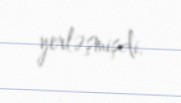
yerləşmişdi.